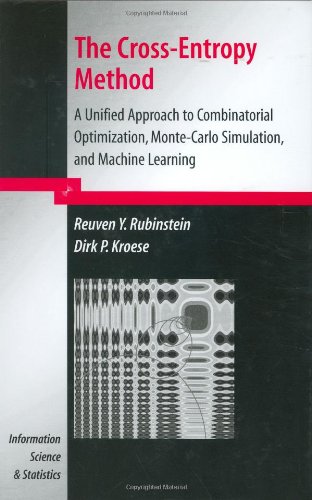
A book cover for The Cross-Entropy Method: A Unified Approach to Combinatorial Optimization, Monte-Carlo Simulation and Machine Learning (Information Science and Statistics); Reuven Y. Rubinstein; Science & Math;